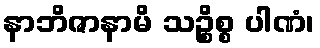
နာဘိဇာနာမိ သဉ္စိစ္စ ပါဏံ၊